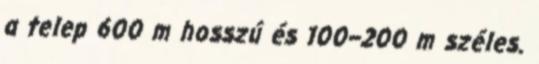
a telep 600 m hosszú és 100–200 m széles.